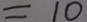
= 1 0